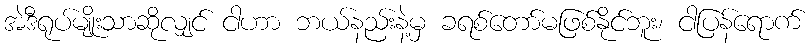
အဲဒီရုပ်မျိုးသာဆိုလျှင် ငါဟာ ဘယ်နည်းနဲ့မှ ခရစ်တော်မဖြစ်နိုင်ဘူး၊ ငါပြန်ရောက်